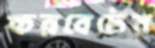
করবেটের